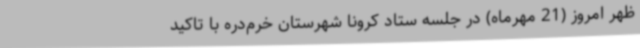
ظهر امروز (21 مهرماه) در جلسه ستاد کرونا شهرستان خرم‌دره با تاکید